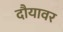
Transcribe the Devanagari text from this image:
दौयावर